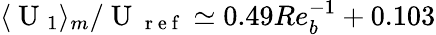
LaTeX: \langle\mathrm{~U~}_{1}\rangle_{m}/\mathrm{~U~}_{\mathrm{~r~e~f~}}\simeq 0.49Re_{b}^{-1}+0.103